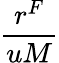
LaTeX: \frac{r^{F}}{uM}